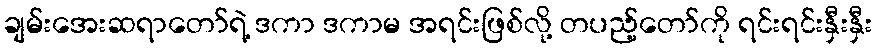
ချမ်းအေးဆရာတော်ရဲ့ ဒကာ ဒကာမ အရင်းဖြစ်လို့ တပည့်တော်ကို ရင်းရင်းနှီးနှီး